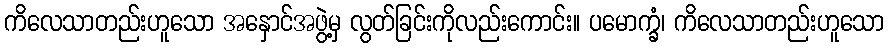
ကိလေသာတည်းဟူသော အနှောင်အဖွဲ့မှ လွတ်ခြင်းကိုလည်းကောင်း။ ပမောက္ခံ၊ ကိလေသာတည်းဟူသော